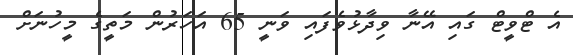
އެ ޓްވީޓް ގައި އޭނާ ވިދާޅުވެފައި ވަނީ 65 އަހަރުން މަތީގެ މީހުނަށް